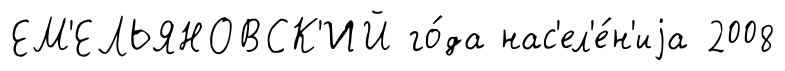
ЕМ'ЕЛЬЯНОВСК'ИЙ го́да нас'ел'е́н'иjа 2008